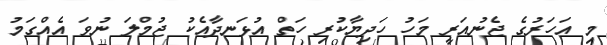
މި އަހަރުގެ ޖެނުއަރީ މަހު ހަދިޔާކުރި ހަތް އުޅަނދާއެކު ޖުމްލަ ނުވަ އެއްގަމު